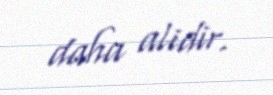
daha alidir.